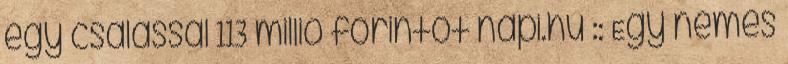
egy csalással 113 millió forintot napi.hu :: Egy nemes